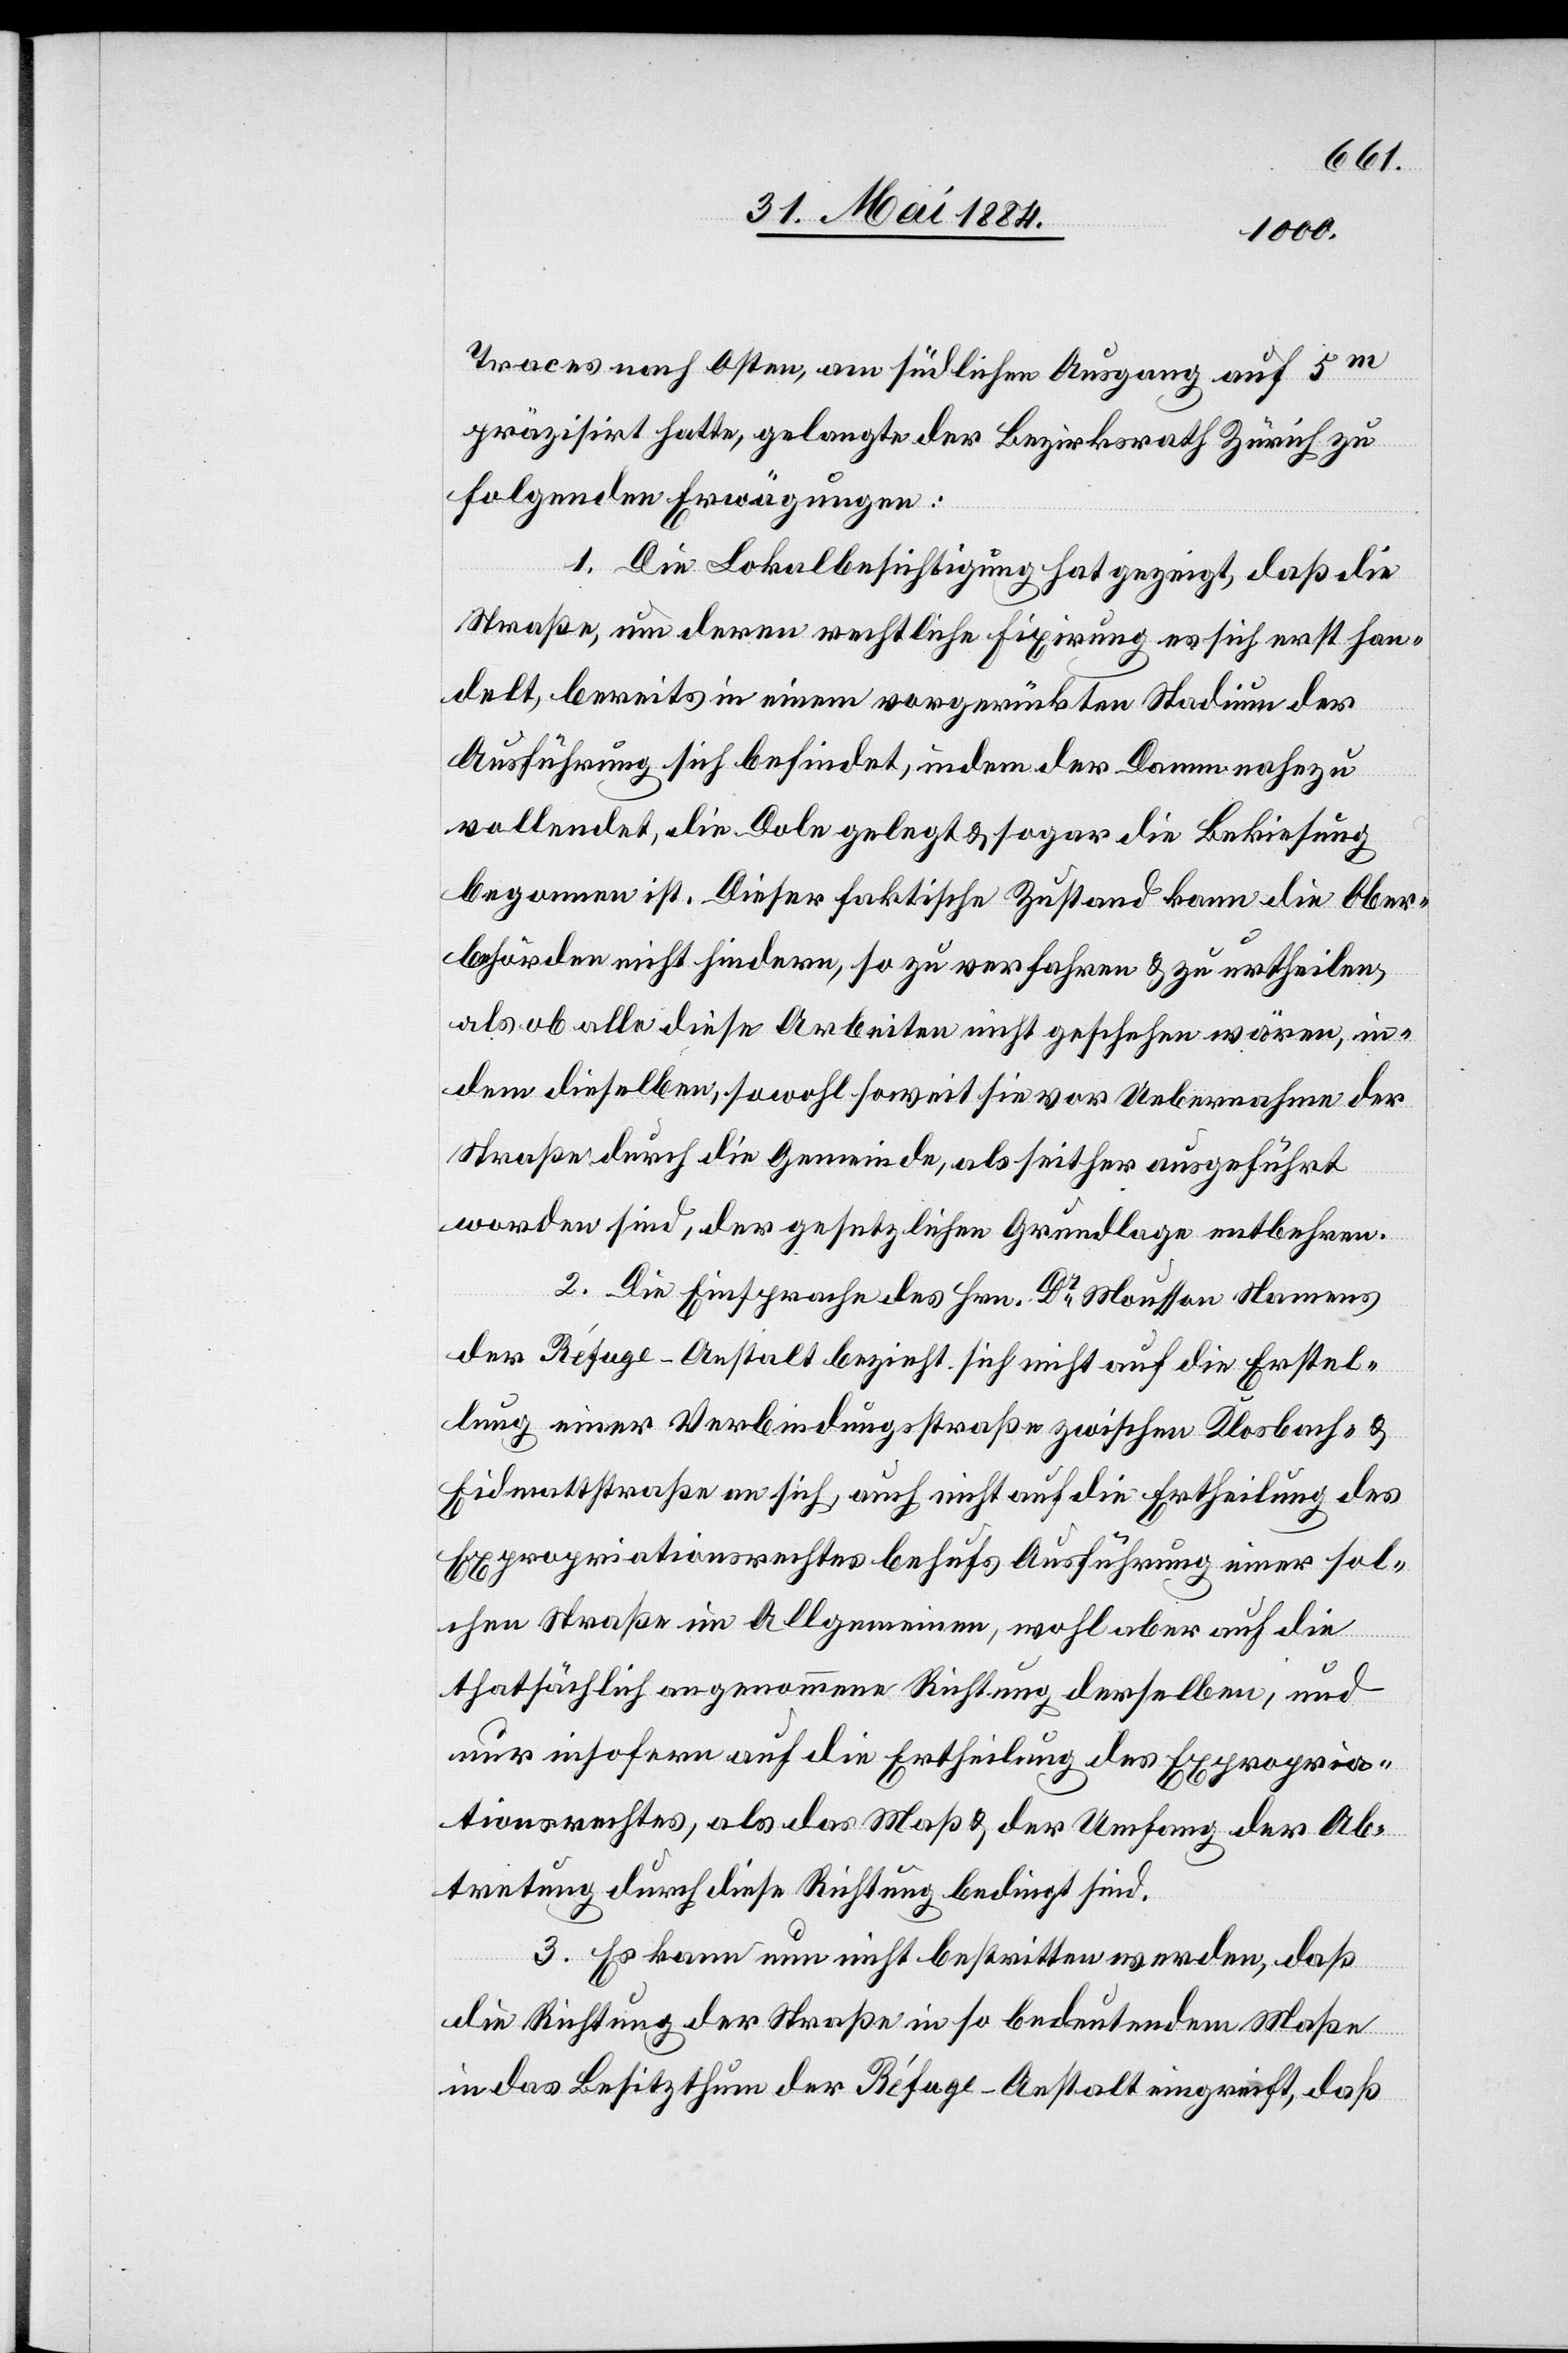
Traces nach Osten, am südlichen Ausgang auf 5m
präzisirt hatte, gelangte der Bezirksrath Zürich zu
folgenden Erwägungen:
1. Die Lokalbesichtigung hat gezeigt, daß die
Straße, um deren rechtliche Fixirung es sich erst han¬
delt, bereits in einem vorgerückten Stadium der
Ausführung sich befindet, indem der Damm nahezu
vollendet, die Dole gelegt & sogar die Bekiesung
begonnen ist. Dieser faktische Zustand kann die Ober¬
behörden nicht hindern, so zu verfahren & zu urtheilen,
als ob alle diese Arbeiten nicht geschehen wären, in¬
dem dieselben, sowohl soweit sie vor Uebernahme der
Straße durch die Gemeinde, als seither ausgeführt
worden sind, der gesetzlichen Grundlage entbehren.
2. Die Einsprache des Hrn. Dr Mousson Namens
der Réfuge-Anstalt bezieht sich nicht auf die Erstel¬
lung einer Verbindungsstraße zwischen Klosbach- &
Eidmattstraße an sich, auch nicht auf die Ertheilung des
Expropriationsrechtes behufs Ausführung einer sol¬
chen Straße im Allgemeinen, wohl aber auf die
thatsächlich angenommene Richtung derselben, und
nur insofern auf die Ertheilung des Expropria¬
tionsrechtes, als das Maß & der Umfang der Ab¬
tretung durch diese Richtung bedingt sind.
3. Es kann nun nicht bestritten werden, daß
die Richtung der Straße in so bedeutendem Maße
in das Besitzthum der Réfuge-Anstalt eingreift, daß